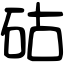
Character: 𥑮